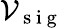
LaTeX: \mathcal{V}_{\mathrm{{~s~i~g~}}}